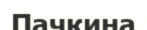
Пачкина